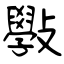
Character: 斅